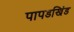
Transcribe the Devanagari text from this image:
पापडखिंड